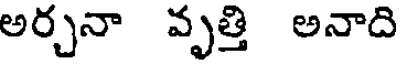
అర్చనా వృత్తి అనాది